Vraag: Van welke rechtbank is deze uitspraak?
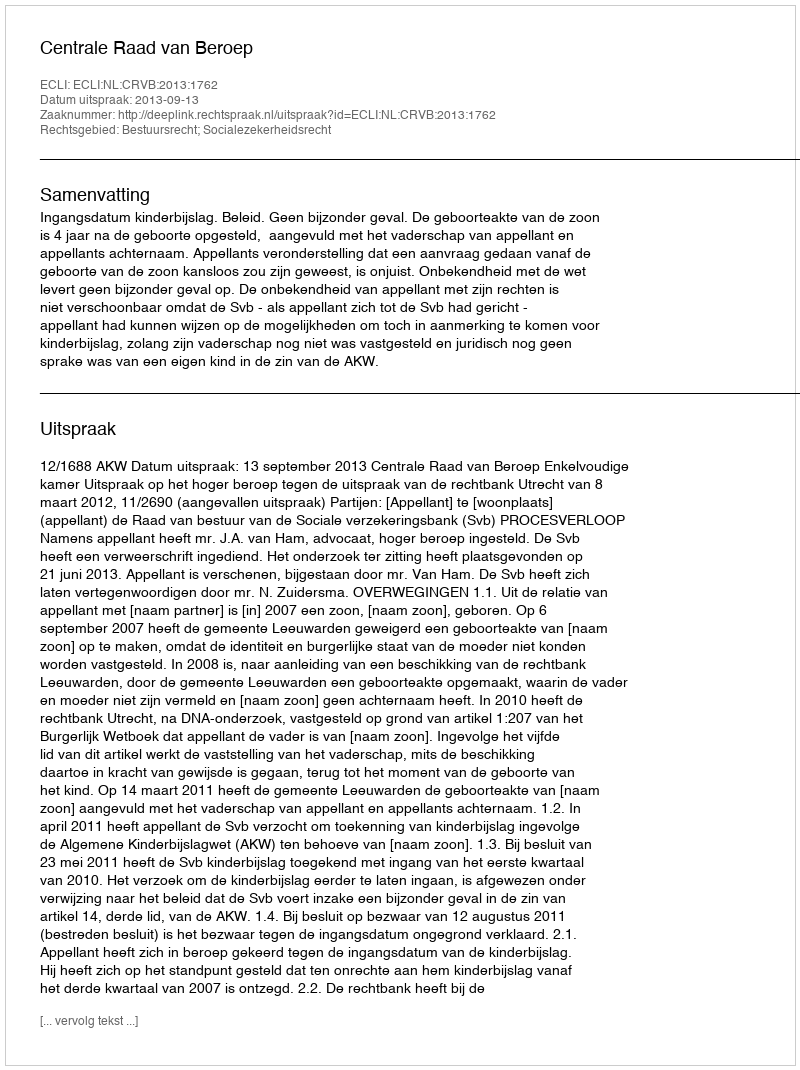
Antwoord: Centrale Raad van Beroep